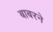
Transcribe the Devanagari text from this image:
बाबरने